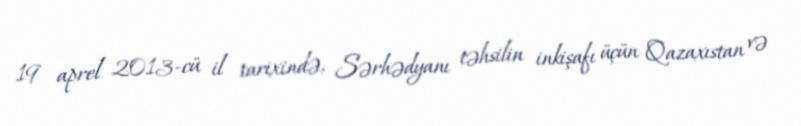
19 aprel 2013-cü il tarixində, Sərhədyanı təhsilin inkişafı üçün Qazaxıstan və